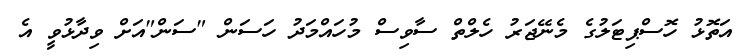
އަތޮޅު ހޮސްޕިޓަލުގެ މެނޭޖަރު ހެލްތް ސާވިސް މުހައްމަދު ހަސަން "ސަން"އަށް ވިދާޅުވީ އެ